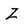
Character: Z